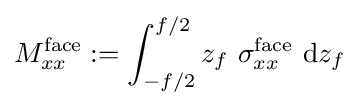
M_{xx}^{\mathrm {face} }:=\int _{-f/2}^{f/2}z_{f}~\sigma _{xx}^{\mathrm {face} }~\mathrm {d} z_{f}